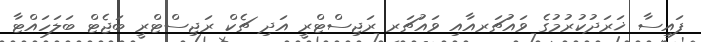
ފައިސާ ޚަރަދުކުރުމުގެ ވައުޗަރއާއި ވައުޗަރ ރަޖިސްޓްރީ އަދި ޗެކް ރަޖިސްޓްރީ ބަޖެޓް ބަލަހައްޓާ